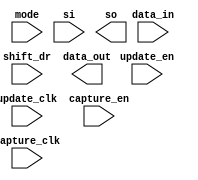
////////////////////////////////////////////////////////////////////////////////
//
//       This confidential and proprietary software may be used only
//     as authorized by a licensing agreement from Synopsys Inc.
//     In the event of publication, the following notice is applicable:
//
//                    (C) COPYRIGHT 1998 - 2018 SYNOPSYS INC.
//                           ALL RIGHTS RESERVED
//
//       The entire notice above must be reproduced on all authorized
//     copies.
//
//
// VERSION:   Simulation Architecture
//
// DesignWare_version: 6fbd4506
// DesignWare_release: O-2018.06-DWBB_201806.3
//
////////////////////////////////////////////////////////////////////////////////
//-----------------------------------------------------------------------------------
//
// ABSTRACT:  Boundary Scan Cell Type BC_2
//
//           
//
//              
//  Input Ports:        Size    Description
//  ===========         ====    ===========
//  capture_clk         1 bit   Clocks data into the capture stage
//  update_clk          1 bit   Clocks data into the update stage 
//  capture_en          1 bit   Enable for data clocked into the capture 
//  update_en           1 bit   Enable for data clocked into the update stage 
//  shift_dr            1 bit   Enables the boundary scan chain to shift data
//                              one stage toward its serial output (tdo) 
//  mode                1 bit   Determines whether data_out is controlled by the
//                              boundary scan cell or by the data_in signal
//  si                  1 bit   Serial path from the previous boundary scan cell
//  data_in             1 bit   Input data
//
//  Output Ports        Size    Description
//  ============        ====    ===========
//  data_out            1 bit   Output data
//  so                  1 bit   Serial path to the next boundary scan cell
//              
//
//
// MODIFIED: 
//
//  Liming SU   02/25/2016  Simplified codes by using continuous assignments
//
//  Liming SU   02/04/2016  Eiminated use of non-blocking assignments in
//                          always blocks that doesn't use posedge or
//                          negedge conditioning
//
//------------------------------------------------------------------------------

module DW_bc_2 (
  capture_clk,
  update_clk,
  capture_en,
  update_en,
  shift_dr,
  mode,
  si,
  data_in,
  data_out,
  so
);

  input   capture_clk;
  input   update_clk;
  input   capture_en;
  input   update_en;
  input   shift_dr;
  input   mode;
  input   si;
  input   data_in;
  output  data_out;
  output  so;

  wire next_so;
  reg  so;
  wire next_update_out;
  reg  update_out;

// synopsys translate_off

  assign next_so = (capture_en===1'b1) ? so :
                     ((shift_dr===1'b1) ? si : data_out);

  always @(posedge capture_clk) begin : so_proc_PROC
    so <= next_so;
  end

  assign next_update_out = (update_en===1'b1) ? so : update_out;

  always @(posedge update_clk) begin : upd_proc_PROC
    update_out <= next_update_out;
  end

  assign data_out = (mode===1'b1) ? update_out : data_in;

//synopsys translate_on

endmodule